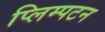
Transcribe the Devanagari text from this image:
प्लिम्पटन